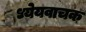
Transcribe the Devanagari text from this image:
ध्येयवाचक